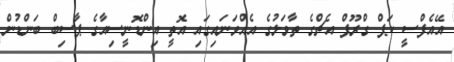
އޭއެފްސީ ކަޕް ގްރޫޕް އެޗްގެ ތާވަލުގެ އެއްވަަނައިގައި އޮތީ އިންޑޮނީސިއާގެ ޕާސިބް ބަންޑުން